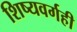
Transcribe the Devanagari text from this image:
शिष्यवर्गही